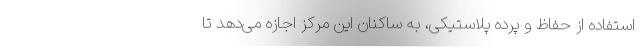
استفاده از حفاظ و پرده پلاستیکی، به ساکنان این مرکز اجازه می‌دهد تا